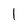
Character: I